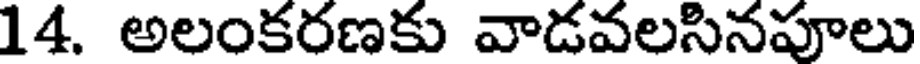
14. అలంకరణకు వాడవలసినపూలు